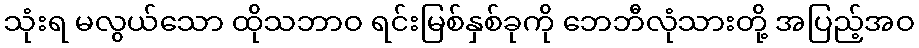
သုံးရ မလွယ်သော ထိုသဘာဝ ရင်းမြစ်နှစ်ခုကို ဘေဘီလုံသားတို့ အပြည့်အဝ